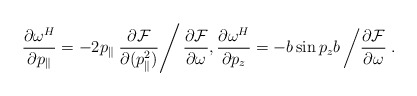
\begin{align*}\frac{\partial \omega^H}{\partial p_{\parallel}} = -2p_{\parallel}\left. \frac{\partial\mathcal{F}}{\partial (p_{\parallel}^2)}\right/ \frac{\partial \mathcal{F}}{\partial \omega},\frac{\partial \omega^H}{\partial p_z} = - b\sin p_zb\left/ \frac{\partial\mathcal{F}}{\partial \omega}\right..\end{align*}